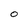
Character: O